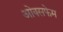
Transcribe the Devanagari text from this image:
ओक्सफेम